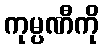
ကုမ္ပဏီကို